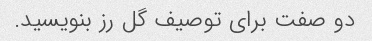
دو صفت برای توصیف گل رز بنویسید.